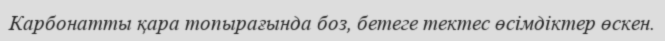
Карбонатты қара топырағында боз, бетеге тектес өсімдіктер өскен.